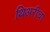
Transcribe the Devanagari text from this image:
थिअरीचा